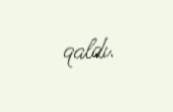
qaldı.